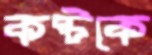
কষ্টকে